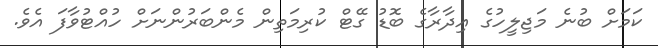
ކަމަށް ބުނެ މަޖިލީހުގެ އިދާރާގެ ބޮޑު ގޭޓް ކުރިމަތިން މެންބަރުންނަށް ހުއްޓުވާފަ އެވެ.